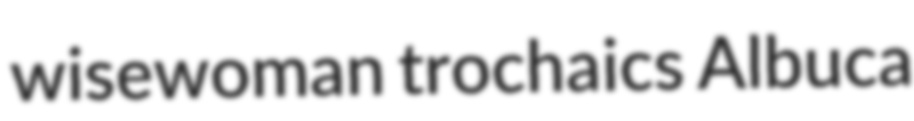
wisewoman trochaics Albuca